Indian journal of veterinary science and animal husbandry - Volumes 18-21, 1948-1951
Year: 1948
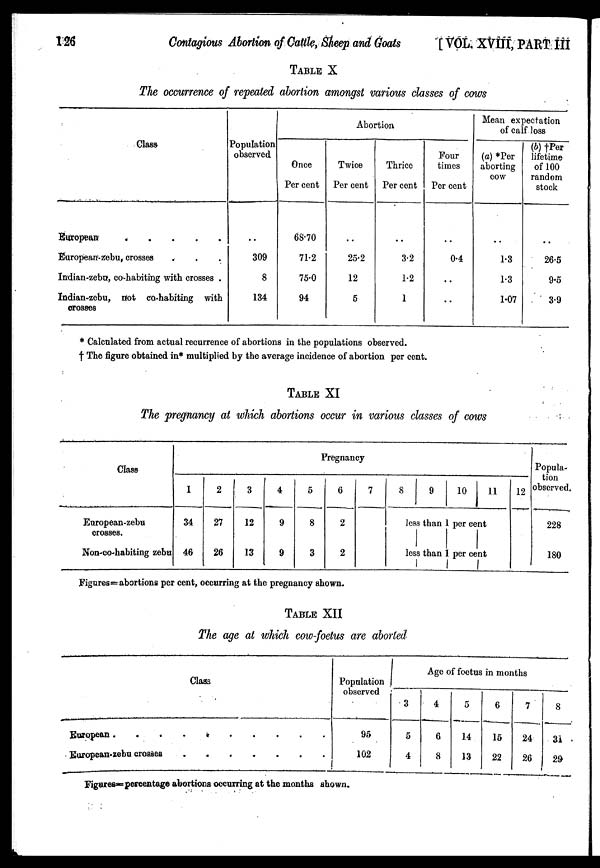
126
Contagious Abortion of Cattle, Sheep and Goats [VOL. XVIII, PART III
TABLE X
The occurrence of repeated abortion amongst various classes of cows
Class
European
.
.
.
.
.
European-zebu, crosses . . .
Indian-zebu, co-habiting with crosses .
Indian-zebu, not co-habiting with
crosses
Population
observed
. .
309
8
134
Abortion
Once
Per cent
68.70
71.2
75.0
94
Twice
Per cent
. .
25.2
12
5
Thrice
Per cent
. .
3.2
1.2
1
Four
times
Per cent
. .
0.4
. .
. .
Mean expectation
of calf loss
(a) *Per
aborting
cow
. .
1.3
1.3
1.07
(b) †Per
lifetime
of 100
random
stock
. .
26.5
9.5
3.9
* Calculated from actual recurrence of abortions in the populations observed.
† The figure obtained in* multiplied by the average incidence of abortion per cent.
TABLE XI
The pregnancy at which abortions occur in various classes of cows
Class
European-zebu
crosses.
Non-co-habiting zebu
Pregnancy
1
34
46
2
27
26
3
12
13
4
9
9
5
8
3
6
2
2
7
8
9
10
11
less than 1 per cent
less than 1 per cent
12
Popula-
tion
observed
228
180
Figures=abortions per cent, occurring at the pregnancy shown.
TABLE XII
The age at which cow-foetus are aborted
Class
European
.
.
.
.
.
.
.
.
.
.
.
European-zebu crosses . . . . . . . . . . .
Population
observed
95
102
Age of foetus in months
3
5
4
4
6
8
5
14
13
6
15
22
7
24
26
8
31
29
Figures=percentage abortions occurring at the months shown.